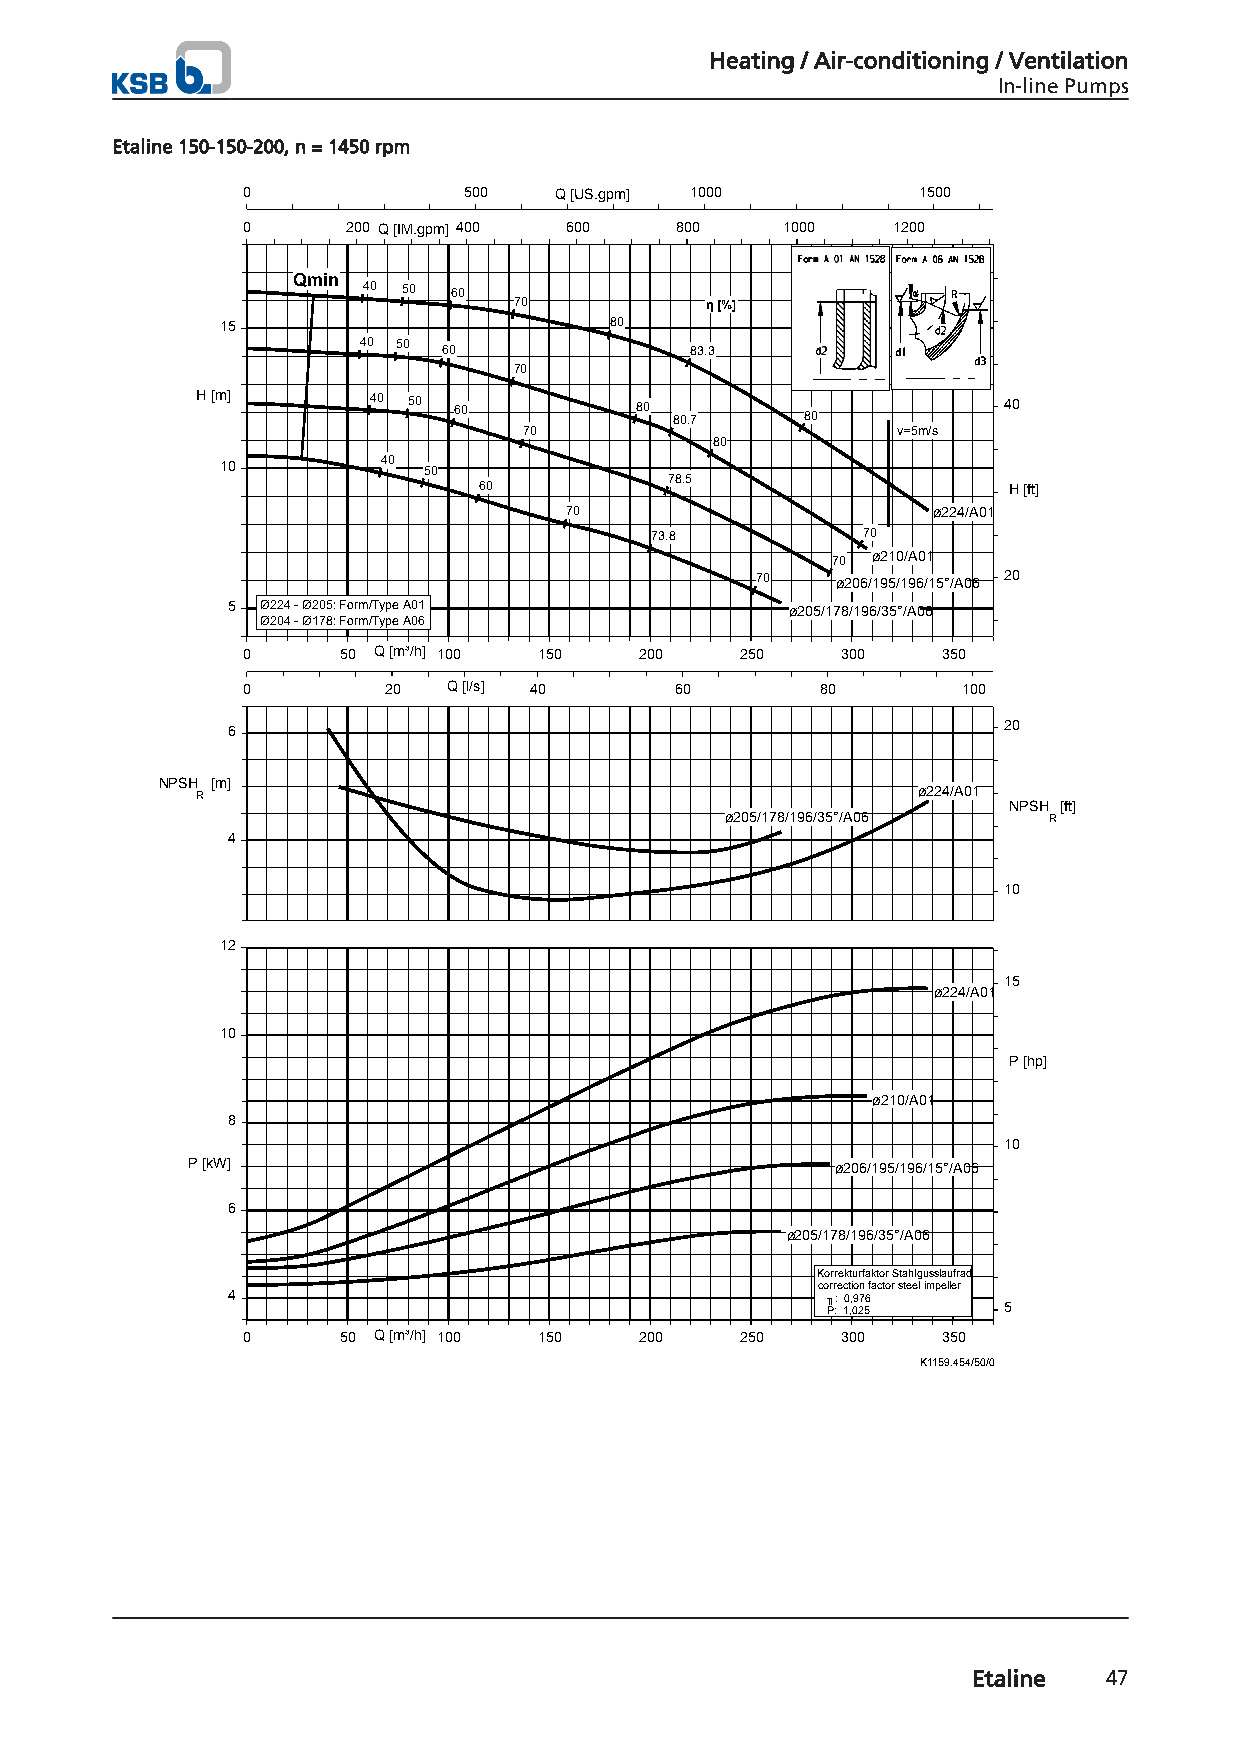
Heating / Air-conditioning / Ventilation
 In-line Pumps
 Etaline 150-150-200, n = 1450 rpm
 0              500   Q [US.gpm] 1000         1500
 0      200 Q [IM.gpm] 400 600 800   1000   1200
 Qmin
 40 50 60
 70           η [%]
 15                       80
 40 50
 60               83.3
 70
 H [m]      40 50 60          80 80.7    80           40
 70                      v=5m/s
 80
 10        40 50
 78.5
 60                                 H [ft]
 70                       ø224/A01
 73.8          70
 70 ø210/A01
 70   ø206/195/196/15°/A06 20
 5 Ø224 - Ø205: Form/Type A01         ø205/178/196/35°/A06
 Ø204 - Ø178: Form/Type A06
 0      50 Q [m³/h] 100 150 200   250    300   350
 0        20   Q [l/s] 40     60       80        100
 6                                                  20
 NPSH [m]
 R                                               ø224/A01
 NPSH [ft]
 ø205/178/196/35°/A06 R
 4
 10
 12
 15
 ø224/A01
 10
 P [hp]
 ø210/A01
 8
 10
 P [kW]                                     ø206/195/196/15°/A06
 6
 ø205/178/196/35°/A06
 Korrekturfaktor Stahlgusslaufrad
 correction factor steel impeller
 4                                       ╖: 0,976
 P: 1,025   5
 0      50 Q [m³/h] 100 150 200   250    300   350
 K1159.454/50/0
 Etaline  47